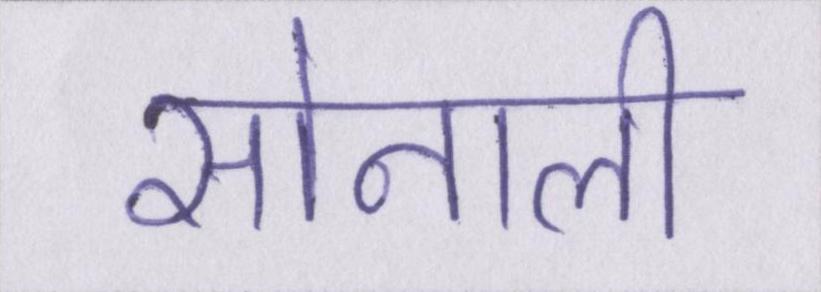
सोनाली